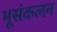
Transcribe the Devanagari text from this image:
भूसंकलन